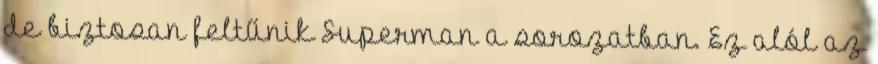
de biztosan feltűnik Superman a sorozatban. Ez alól az